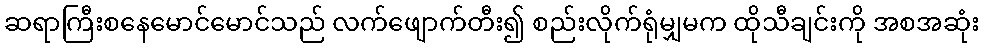
ဆရာကြီးစနေမောင်မောင်သည် လက်ဖျောက်တီး၍ စည်းလိုက်ရုံမျှမက ထိုသီချင်းကို အစအဆုံး